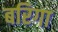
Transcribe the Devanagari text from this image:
बरिगा